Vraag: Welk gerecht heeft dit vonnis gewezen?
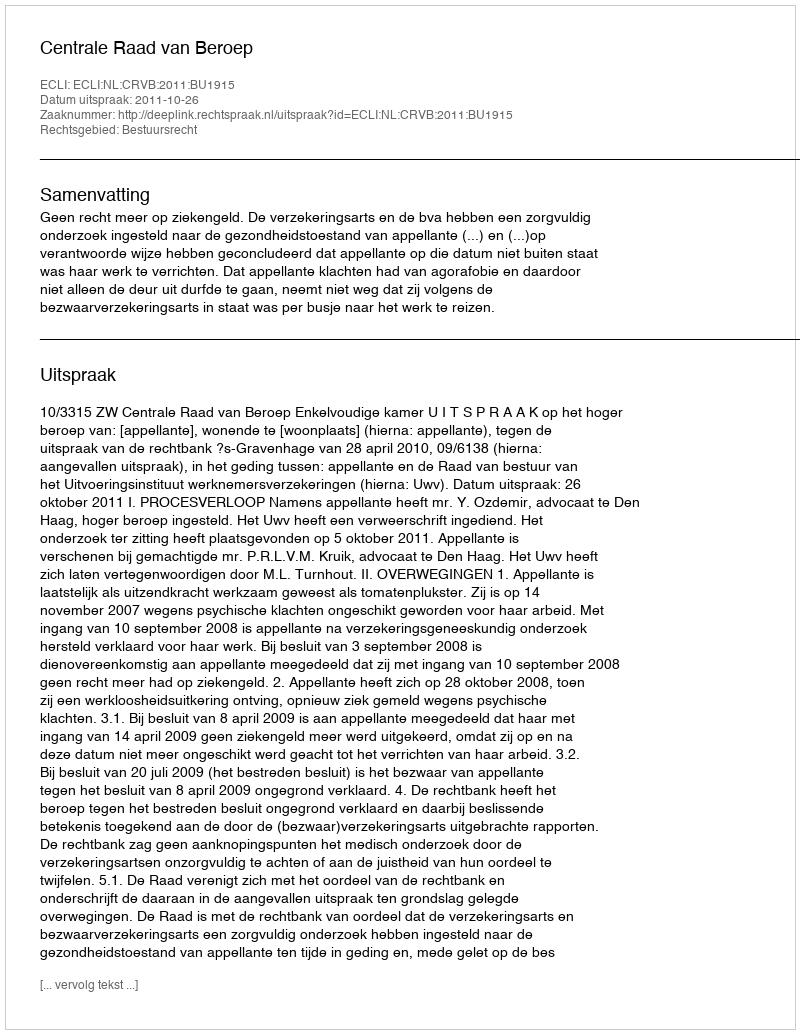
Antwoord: Centrale Raad van Beroep